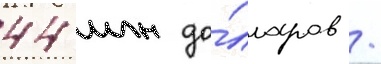
44 млн до́лларов /